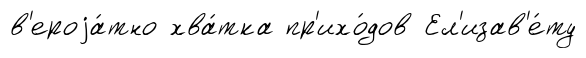
в'ероjа́тно хва́тка пр'ихо́дов Ел'изав'е́ту